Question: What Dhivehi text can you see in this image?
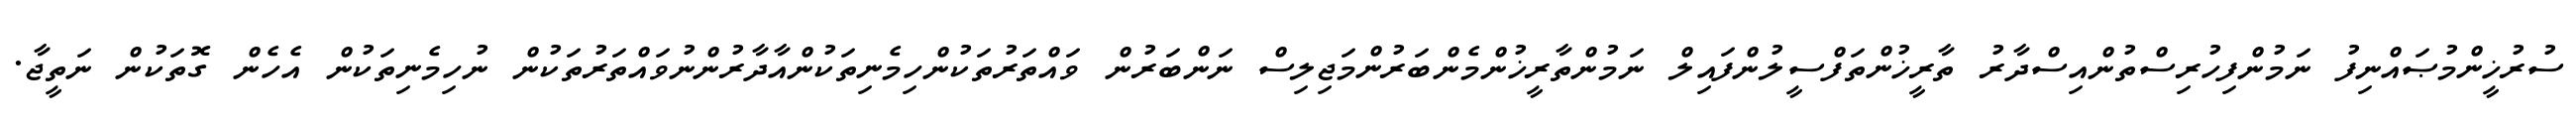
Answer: ސުރުޚީންމުޞައްނިފު ނަމުންފިހުރިސްތުންއިސްދާރު ތާރީޚުންތަފްސީލުންފައިލް ނަމުންތާރީޚުންމެންބަރުންމަޖިލިސް ނަންބަރުން ވައްތަރުތަކުންހިމެނިތަކުންއާދާރުންނުވައްތަރުތަކުން ނުހިމެނިތަކުން އެހެން ގޮތަކުން ނަތީޖާ.